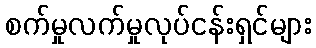
စက်မှုလက်မှုလုပ်ငန်းရှင်များ